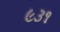
૯૩૧